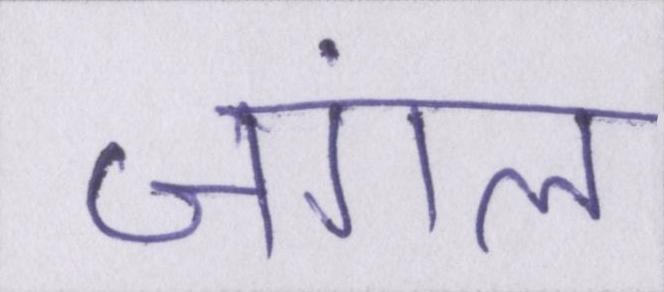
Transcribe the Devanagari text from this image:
जंगल